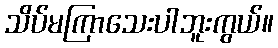
သိပ်မကြာသေးပါဘူးကွယ်။